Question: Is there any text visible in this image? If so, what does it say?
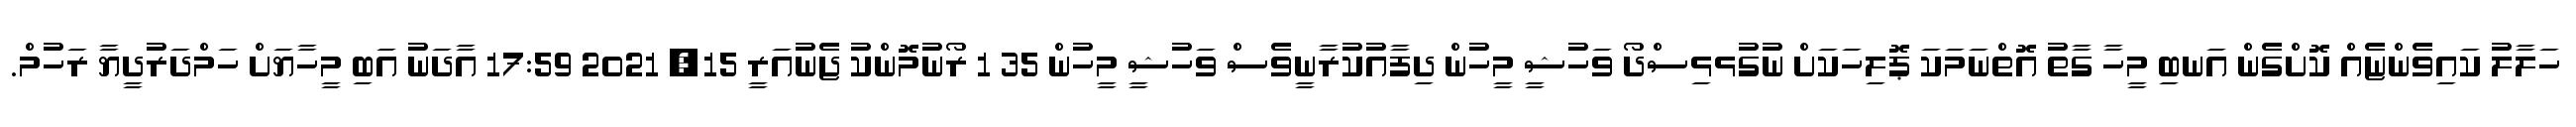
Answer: ހަލާލު ކައިވެންޏެއް ކޮށްގެން އަނބި މީހާ ގާތު އޮތްނަމަކަ ޕޮލިހަކަށް ނުގުޅޅިސްދޯ ވަހުޝީ މީހުން ދިފާއުކުރާނީވެސް ވަހުޝީ މީހުން 35 1 ރޯނުމޮންކު ޖެނުއަރީ 15, 2021 17:59 އާދަނު އަބި މީހާޔަށް ހަމްދަރުދީޔާ ރަހުމް.